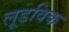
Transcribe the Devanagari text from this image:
लूडविक